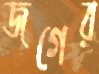
জগের